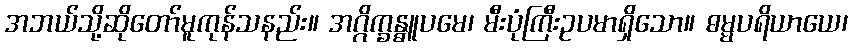
အဘယ်သို့ဆိုတော်မူကုန်သနည်း။ အဂ္ဂိက္ခန္ဓူပမေ၊ မီးပုံကြီးဥပမာရှိသော။ ဓမ္မပရိယာယေ၊